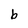
Character: b